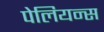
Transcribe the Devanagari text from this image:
पेलियन्स